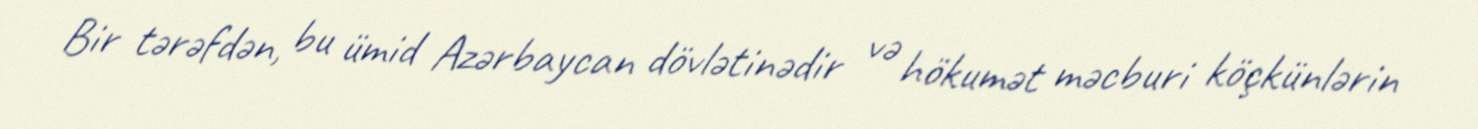
Bir tərəfdən, bu ümid Azərbaycan dövlətinədir və hökumət məcburi köçkünlərin